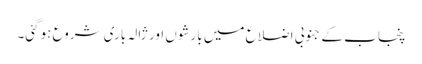
پنجاب کے جنوبی اضلاع میں بارشوں اور ژالہ باری شروع ہوگئی۔